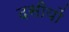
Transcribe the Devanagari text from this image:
दसीयों